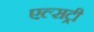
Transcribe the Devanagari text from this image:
एल्सट्री